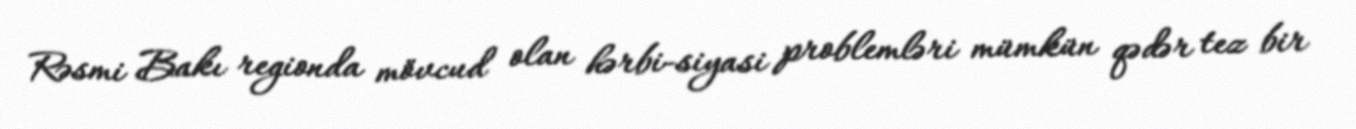
Rəsmi Bakı regionda mövcud olan hərbi-siyasi problemləri mümkün qədər tez bir